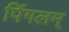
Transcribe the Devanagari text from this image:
पिंगलम्